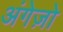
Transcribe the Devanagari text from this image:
अंगेज़ो